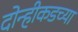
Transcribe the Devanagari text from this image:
दोन्हीकडच्या